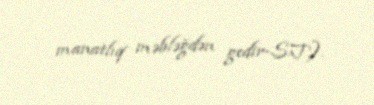
manatlıq məbləğdən gedir-S.T.).